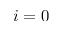
i = 0